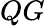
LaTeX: QG